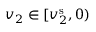
v _ { 2 } \in [ v _ { 2 } ^ { \mathrm { s } } , 0 )